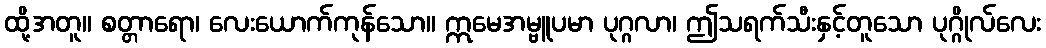
ထို့အတူ။ စတ္တာရော၊ လေးယောက်ကုန်သော။ ဣမေအမ္ဗူပမာ ပုဂ္ဂလာ၊ ဤသရက်သီးနှင့်တူသော ပုဂ္ဂိုလ်လေး